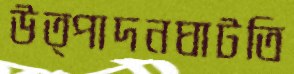
উত্পাদনঘাটতি